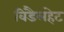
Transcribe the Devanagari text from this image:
विडैलहेट